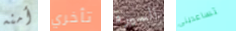
أمنه تأخري السيرة تساعدينى